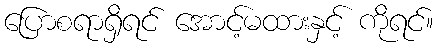
ပြောစရာရှိရင် အောင့်မထားနှင့် ကိုရင်။